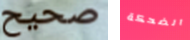
صحيح الضحكة